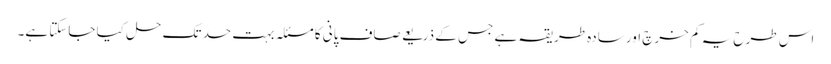
اس طرح یہ کم خرچ اور سادہ طریقہ ہے جس کے ذریعے صاف پانی کا مسئلہ بہت حد تک حل کیا جاسکتا ہے۔